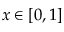
x \in [ 0 , 1 ]